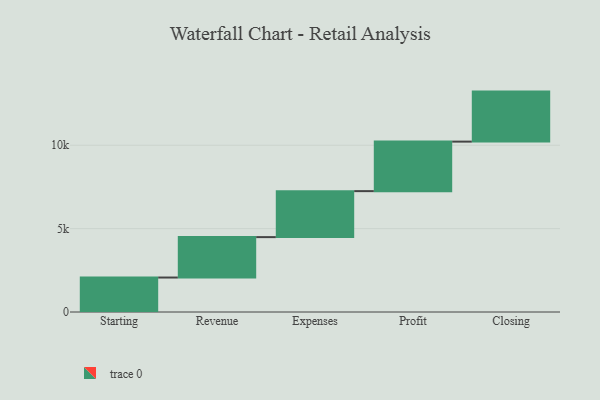
{"axis": {"x": "Step", "y": "Value"}, "legend": [""], "data": [{"x": "Starting", "y": 2067.0, "type": ""}, {"x": "Revenue", "y": 2424.0, "type": ""}, {"x": "Expenses", "y": 2758.0, "type": ""}, {"x": "Profit", "y": 2969.0, "type": ""}, {"x": "Closing", "y": 3000, "type": ""}]}